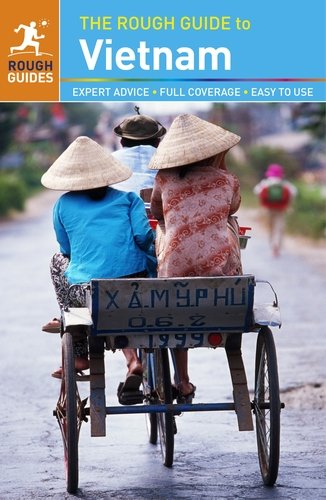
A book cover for The Rough Guide to Vietnam; Rough Guides; Travel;